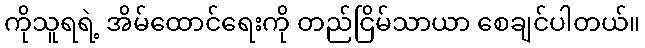
ကိုသူရရဲ့ အိမ်ထောင်ရေးကို တည်ငြိမ်သာယာ စေချင်ပါတယ်။